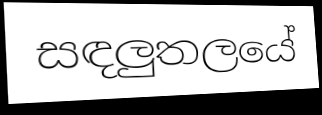
සඳලුතලයේ